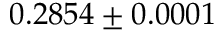
0 . 2 8 5 4 \pm 0 . 0 0 0 1